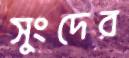
সুংদের